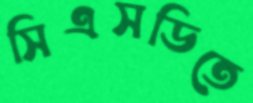
সিএসডিতে